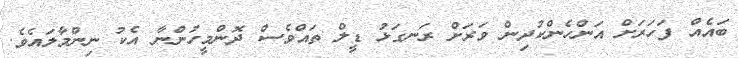
ބައެއް ފަހަރަށް އަންހެންކުދިން ވަރަށް ރަނގަޅު ޑީލް ތައްވެސް ދޮންމީހުންނާ އެކު ނިންމާލައެވެ.